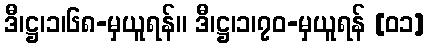
ဒီ၊ဋ္ဌ၊၁၊၆၈-မှယူရန်။ ဒီ၊ဋ္ဌ၊၁၊၇၀-မှယူရန် [၀၁]